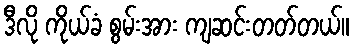
ဒီလို ကိုယ်ခံ စွမ်းအား ကျဆင်းတတ်တယ်။